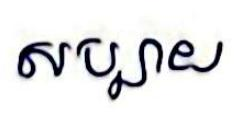
សប្បាយ